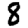
Digit: 8